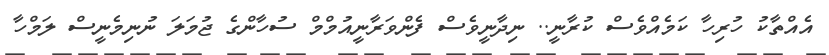
އެއްތާކު ހުރިހާ ކަމެއްވެސް ކުރާނީ.. ނިދާނީވެސް ފެންވަރާނީއުމްމް ސުހާންގެ ޖުމަލަ ނުނިމެނީސް ލަމްހާ